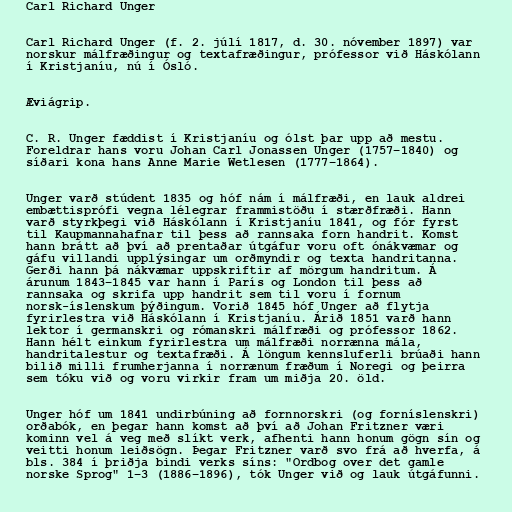
Carl Richard Unger

Carl Richard Unger (f. 2. júlí 1817, d. 30. nóvember 1897) var
norskur málfræðingur og textafræðingur, prófessor við Háskólann
í Kristjaníu, nú í Ósló.

Æviágrip.

C. R. Unger fæddist í Kristjaníu og ólst þar upp að mestu.
Foreldrar hans voru Johan Carl Jonassen Unger (1757–1840) og
síðari kona hans Anne Marie Wetlesen (1777–1864).

Unger varð stúdent 1835 og hóf nám í málfræði, en lauk aldrei
embættisprófi vegna lélegrar frammistöðu í stærðfræði. Hann
varð styrkþegi við Háskólann í Kristjaníu 1841, og fór fyrst
til Kaupmannahafnar til þess að rannsaka forn handrit. Komst
hann brátt að því að prentaðar útgáfur voru oft ónákvæmar og
gáfu villandi upplýsingar um orðmyndir og texta handritanna.
Gerði hann þá nákvæmar uppskriftir af mörgum handritum. Á
árunum 1843–1845 var hann í París og London til þess að
rannsaka og skrifa upp handrit sem til voru í fornum
norsk-íslenskum þýðingum. Vorið 1845 hóf Unger að flytja
fyrirlestra við Háskólann í Kristjaníu. Árið 1851 varð hann
lektor í germanskri og rómanskri málfræði og prófessor 1862.
Hann hélt einkum fyrirlestra um málfræði norrænna mála,
handritalestur og textafræði. Á löngum kennsluferli brúaði hann
bilið milli frumherjanna í norrænum fræðum í Noregi og þeirra
sem tóku við og voru virkir fram um miðja 20. öld.

Unger hóf um 1841 undirbúning að fornnorskri (og forníslenskri)
orðabók, en þegar hann komst að því að Johan Fritzner væri
kominn vel á veg með slíkt verk, afhenti hann honum gögn sín og
veitti honum leiðsögn. Þegar Fritzner varð svo frá að hverfa, á
bls. 384 í þriðja bindi verks síns: "Ordbog over det gamle
norske Sprog" 1–3 (1886–1896), tók Unger við og lauk útgáfunni.